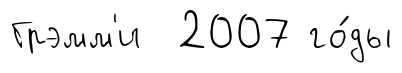
Грэмм'и 2007 го́ды